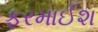
ફરમાઈશ